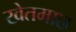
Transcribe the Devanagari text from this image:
खेतमाछ